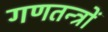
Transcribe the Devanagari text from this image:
गणतन्त्रों